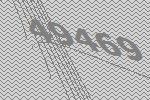
49469